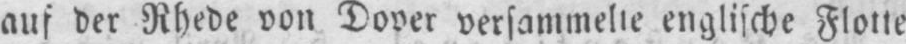
aus der Rhede von Dover versammelte englische Flotte